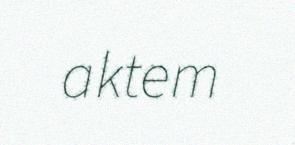
aktem